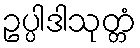
ဥပ္ပါဒါသုတ္တံ